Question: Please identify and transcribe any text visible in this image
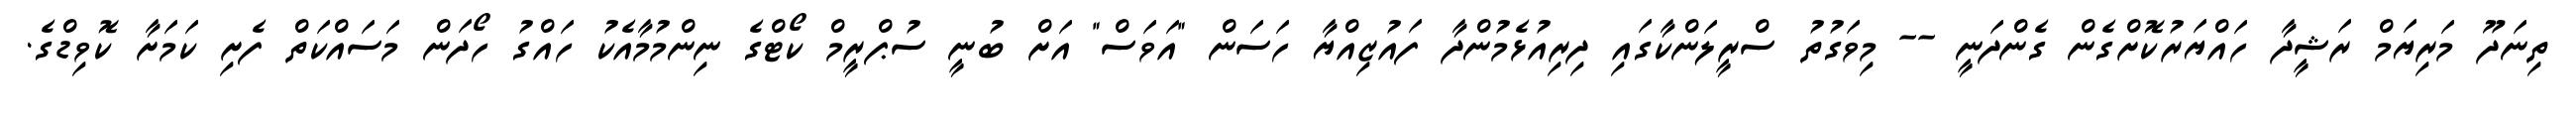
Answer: ތިނަދޫ މަރިޔަމް ރަޝީދާ ހައްޔަރުކޮށްގެން ގެންދަނީ -- މިވަގުތު ސްރީލަންކާގައި ދިރިއުޅެމުންދާ ފައުޒިއްޔާ ހަސަން "އަވަސް" އަށް ބުނީ ސުޕްރީމް ކޯޓްގެ ނިންމުމާއެކު ހައްގު ހޯދަން މަސައްކަތް ފެށި ކަމަށާ ކޮވިޑްގެ.